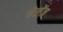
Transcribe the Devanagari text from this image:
चेलेंज़